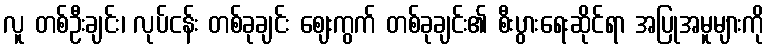
လူ တစ်ဦးချင်း၊ လုပ်ငန်း တစ်ခုချင်း ဈေးကွက် တစ်ခုချင်း၏ စီးပွားရေးဆိုင်ရာ အပြုအမူများကို